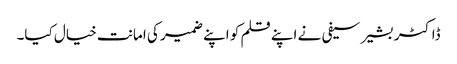
ڈاکٹر بشیر سیفی نے اپنے قلم کو اپنے ضمیر کی امانت خیال کیا۔